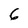
Character: 6